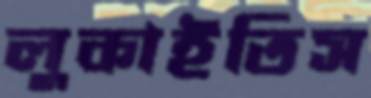
লুকাইতিস